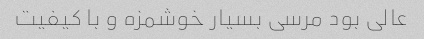
عالی بود مرسی بسیار خوشمزه و با کیفیت